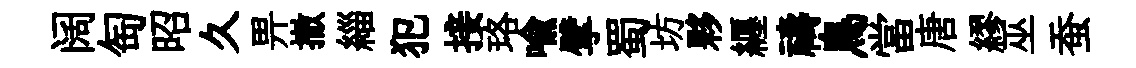
阔匋昭久畀撤緇犯接珞喩擘蜀坊夥纒禱鳥當唐繆巫蚕